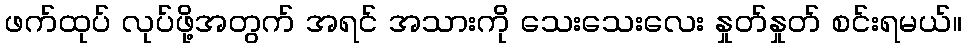
ဖက်ထုပ် လုပ်ဖို့အတွက် အရင် အသားကို သေးသေးလေး နှုတ်နှုတ် စင်းရမယ်။